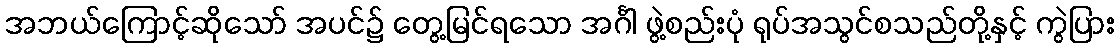
အဘယ်ကြောင့်ဆိုသော် အပင်၌ တွေ့မြင်ရသော အင်္ဂါ ဖွဲ့စည်းပုံ ရုပ်အသွင်စသည်တို့နှင့် ကွဲပြား